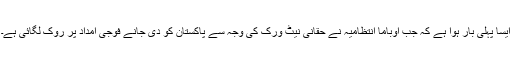
ایسا پہلی بار ہوا ہے کہ جب اوباما انتظامیہ نے حقانی نیٹ ورک کی وجہ سے پاکستان کو دی جانے فوجی امداد پر روک لگائی ہے۔